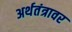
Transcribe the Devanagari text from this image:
अर्थतंत्रावर